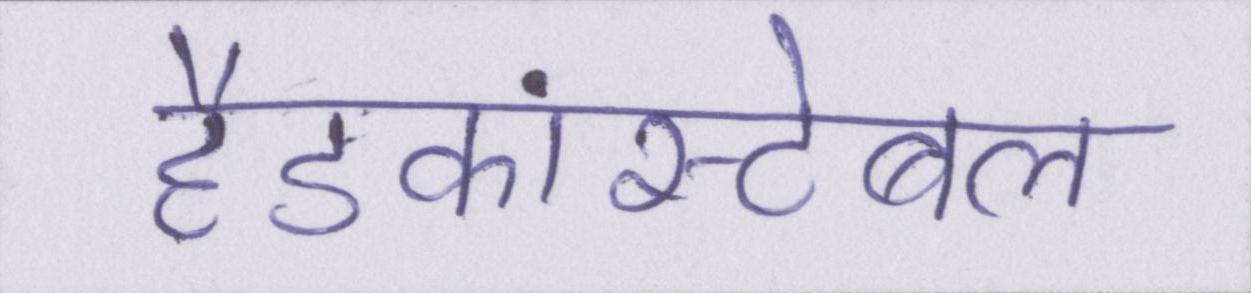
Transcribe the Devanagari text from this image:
हैडकांस्टेबल